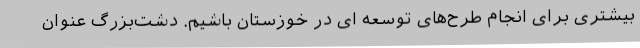
بیشتری برای انجام طرح‌های توسعه ای در خوزستان باشیم. دشت‌بزرگ عنوان